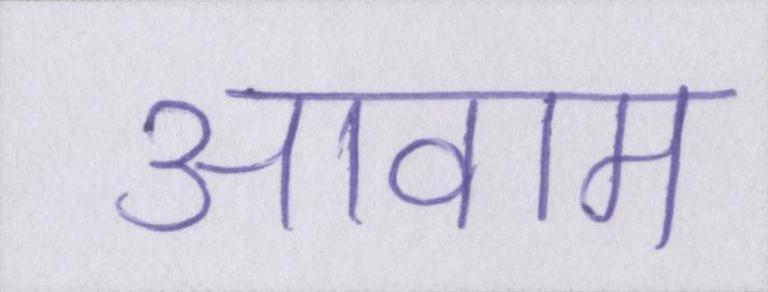
आवाम